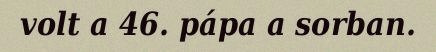
volt a 46. pápa a sorban.